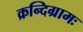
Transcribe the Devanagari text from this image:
क्रन्दिग्रामः